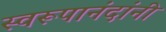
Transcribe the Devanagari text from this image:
स्वरूपानंदांनी